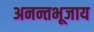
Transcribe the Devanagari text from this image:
अनन्तभूजाय